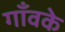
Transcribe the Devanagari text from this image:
गाँवके